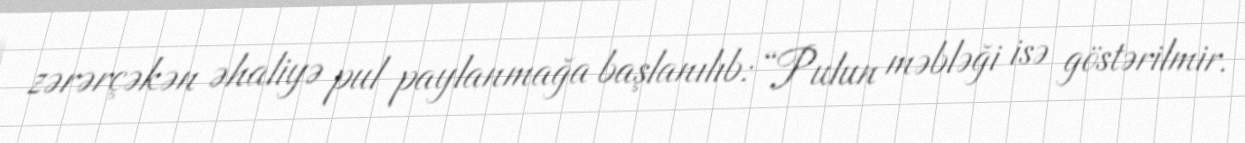
zərərçəkən əhaliyə pul paylanmağa başlanılıb: “Pulun məbləği isə göstərilmir.